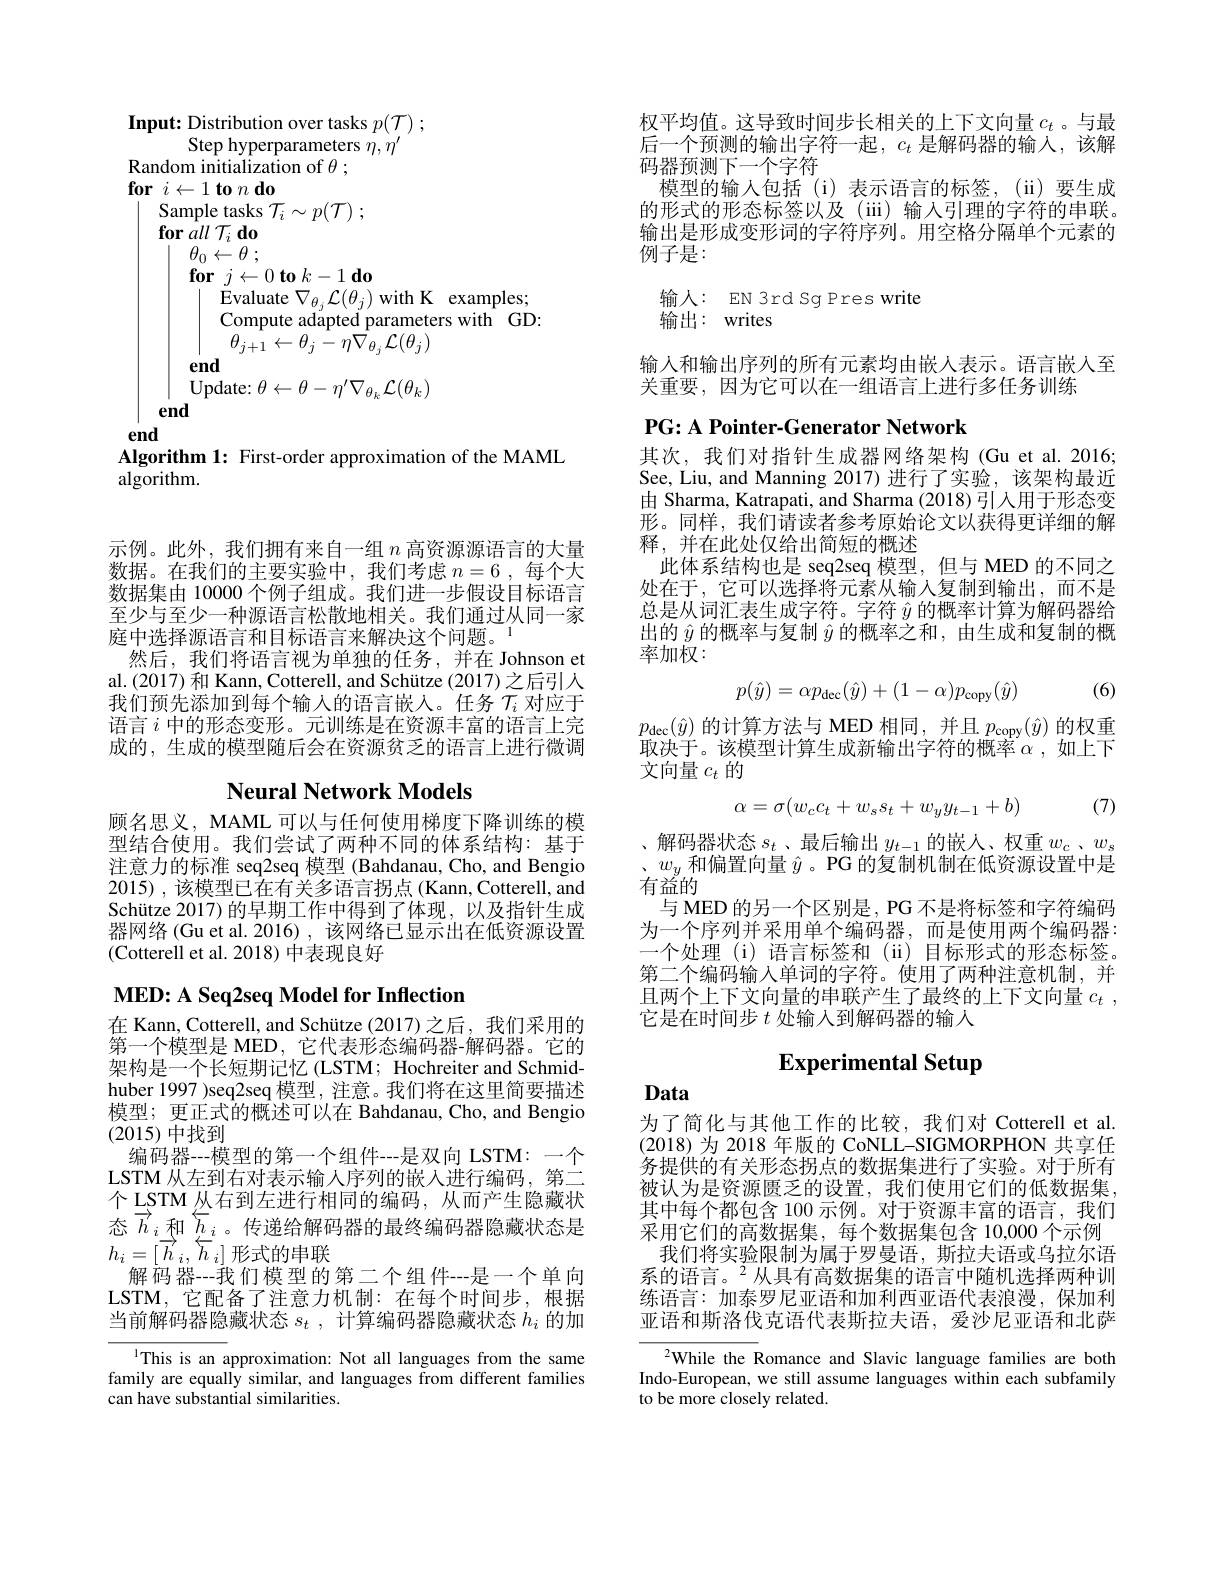
Input: Distribution over tasks $p( \mathcal{T} )$ ;
Step hyperparameters $\dot{\eta},\dot{\eta}^{\prime}$
${\mathrm{Random~initialization~of~}\theta;}$
$\textbf{for}i\leftarrow 1\textbf{to}n\textbf{do}$
$\operatorname { \mathrm{Sample~tasks~}} \mathcal{T} _{i}\sim p( \mathcal{T} )$ ;
$\textbf{for }all$ $\mathcal{T} _{i}$do
$\overline{\theta_{0}\leftarrow\theta\:;}$
$\textbf{for}j\leftarrow 0\textbf{to}k- 1\textbf{do}$
$\operatorname{Evaluate}\nabla_{\theta_{j}}\mathcal{L}(\theta_{j})$with K$\operatorname{examples;}$ Compute adapted parameters with GD: $\theta_{j+1}\leftarrow\theta_{j}-\eta\bar{\nabla}_{\theta_{j}}\mathcal{L}(\theta_{j})$
end
Update: $\theta\leftarrow\theta-\eta^{\prime}\nabla_{\theta_k}\mathcal{L}(\theta_k)$
end
end
Algorithm 1: First-order approximation of the MAML
algorithm.

示例。此外，我们拥有来自一组$n$高资源源语言的大量数据。在我们的主要实验中，我们考虑$n=6$ ,每个大数据集由 10000 个例子组成。我们进一步假设目标语言至少与至少一种源语言松散地相关。我们通过从同一家庭中选择源语言和目标语言来解决这个问题。1
然后，我们将语言视为单独的任务，并在 Johnson et al. (2017) 和 Kann, Cotterell, and Schütze (2017) 之后引人我们预先添加到每个输入的语言嵌入。任务$\mathcal{T}_i$对应于语言$i$中的形态变形。元训练是在资源丰富的语言上完成的，生成的模型随后会在资源贫乏的语言上进行微调

## Neural Network Models

顾名思义，MAML 可以与任何使用梯度下降训练的模型结合使用。我们尝试了两种不同的体系结构：基于注意力的标准 seq2seq 模型 (Bahdanau, Cho, and Bengio 2015),该模型已在有关多语言拐点(Kann,Cotterell,and Schütze 2017)的早期工作中得到了体现，以及指针生成器网络 (Gu et al. 2016) , 该网络已显示出在低资源设置(Cotterell et al. 2018) 中表现良好

# $\mathbf{MED:ASeq2seqModelforInflection}$

在 Kann, Cotterell, and Schütze (2017)之后，我们采用的第一个模型是 MED, 它代表形态编码器-解码器。它的架构是一个长短期记忆 (LSTM; Hochreiter and Schmidhuber 1997 )seq2seq 模型，注意。我们将在这里简要描述模型；更正式的概述可以在 Bahdanau, Cho, and Bengio (2015)中找到
编码器--模型的第一个组件---是双向 LSTM: 一个LSTM 从左到右对表示输人序列的嵌入进行编码，第二个 LSTM 从右到左进行相同的编码，从而产生隐藏状态$\overrightarrow{h}_i$和$\overleftarrow{h}_i$。传递给解码器的最终编码器隐藏状态是$h_{i}= [ \overrightarrow{h} _{i}$, $\overleftarrow{h} _{i}]$形式的串联
解码器---我们模型的第二个组件---是一个单向LSTM, 它配备了注意力机制：在每个时间步，根据当前解码器隐藏状态$s_t$ , 计算编码器隐藏状态$h_i$的加

$^{1}$This is an approximation: Not all languages from the same family are equally similar, and languages from different families can have substantial similarities.

权平均值。这导致时间步长相关的上下文向量$c_t$ 。与最后一个预测的输出字符一起，$c_t$是解码器的输入，该解码器预测下一个字符
模型的输入包括(i)表示语言的标签，(ii)要生成的形式的形态标签以及(iii) 输入引理的字符的串联。输出是形成变形词的字符序列。用空格分隔单个元素的例子是：
输入：EN 3rd Sg Pres write

输出：writes

输人和输出序列的所有元素均由嵌入表示。语言嵌人至
关重要，因为它可以在一组语言上进行多任务训练

PG: A Pointer-Generator Network

其次，我们对指针生成器网络架构(Gu et al.2016; See, Liu, and Manning 2017) 进行了实验，该架构最近由 Sharma, Katrapati, and Sharma (2018) 引人用于形态变形。同样，我们请读者参考原始论文以获得更详细的解释，并在此处仅给出简短的概述
此体系结构也是 seq2seq 模型，但与 MED 的不同之处在于，它可以选择将元素从输入复制到输出，而不是总是从词汇表生成字符。字符$\hat{y}$的概率计算为解码器给出的$\hat{y}$的概率与复制$\hat{y}$的概率之和，由生成和复制的概率加权：
$$p(\hat{y})=\alpha p_{\mathrm{dec}}(\hat{y})+(1-\alpha)p_{\mathrm{copy}}(\hat{y})$$
(6)

$p_{\mathrm{dec}}(\hat{y})$的计算方法与 MED 相同，并且$p_\mathrm{copy}(\hat{y})$的权重取决于。该模型计算生成新输出字符的概率$\alpha$如上下文向量$c_t$的
$$\alpha=\sigma(w_cc_t+w_ss_t+w_yy_{t-1}+b)$$
(7)

、解码器状态$s_t$ 、最后输出$y_t-1$的嵌人、权重$w_c$ 、$w_s$ 、$w_y$和偏置向量$\hat{y}$。PG 的复制机制在低资源设置中是有益的
与 MED 的另一个区别是，PG 不是将标签和字符编码为一个序列并采用单个编码器，而是使用两个编码器： 一个处理 (i) 语言标签和 (ii) 目标形式的形态标签。第二个编码输入单词的字符。使用了两种注意机制，并且两个上下文向量的串联产生了最终的上下文向量$c_t$ , 它是在时间步$t$处输入到解码器的输人

# Experimental Setup

# Data

为了简化与其他工作的比较，我们对 Cotterell et al. (2018)为 2018 年版的 CoNLL-SIGMORPHON 共享任务提供的有关形态拐点的数据集进行了实验。对于所有被认为是资源匮乏的设置，我们使用它们的低数据集， 其中每个都包含 100 示例。对于资源丰富的语言，我们采用它们的高数据集，每个数据集包含 10,000 个示例
我们将实验限制为属于罗曼语，斯拉夫语或乌拉尔语系的语言。$^{2}$从具有高数据集的语言中随机选择两种训练语言：加泰罗尼亚语和加利西亚语代表浪漫，保加利亚语和斯洛伐克语代表斯拉夫语，爱沙尼亚语和北萨

$^{2}$While the Romance and Slavic language families are both Indo-European, we still assume languages within each subfamily to be more closely related.